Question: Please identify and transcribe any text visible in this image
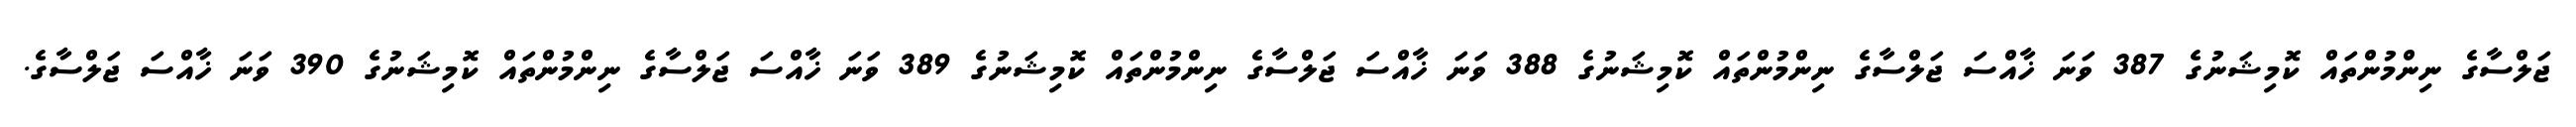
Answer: ޖަލްސާގެ ނިންމުންތައް ކޮމިޝަނުގެ 387 ވަނަ ޚާއްސަ ޖަލްސާގެ ނިންމުންތައް ކޮމިޝަނުގެ 388 ވަނަ ޚާއްސަ ޖަލްސާގެ ނިންމުންތައް ކޮމިޝަނުގެ 389 ވަނަ ޚާއްސަ ޖަލްސާގެ ނިންމުންތައް ކޮމިޝަނުގެ 390 ވަނަ ޚާއްސަ ޖަލްސާގެ.